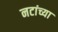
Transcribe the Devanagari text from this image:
नटांच्या